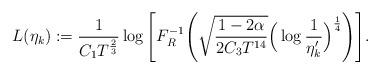
LaTeX: \begin{align*}L(\eta_k)&:=\frac{1}{C_1 T^{\frac 23}}\log\Bigg[F_R^{-1}\Bigg(\sqrt{\frac{1-2\alpha}{2C_3T^{14}}}\Big(\log \frac {1}{\eta'_k}\Big)^{\frac 14}\Bigg)\Bigg].\end{align*}